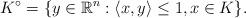
LaTeX: \begin{align*} K^\circ=\{y \in \mathbb{R}^n: \langle x, y\rangle \leq 1, x \in K\}.\end{align*}